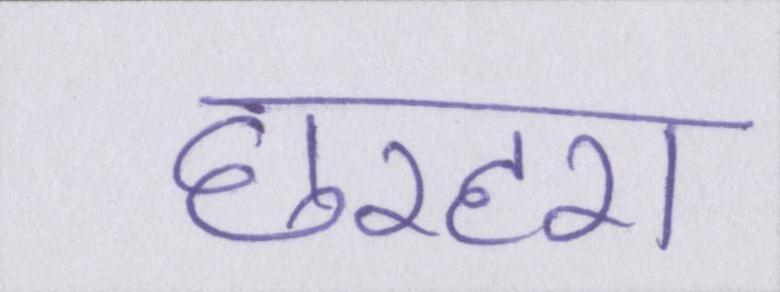
छरहरा